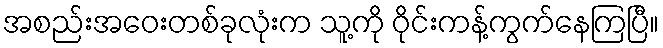
အစည်းအဝေးတစ်ခုလုံးက သူ့ကို ဝိုင်းကန့်ကွက်နေကြပြီ။